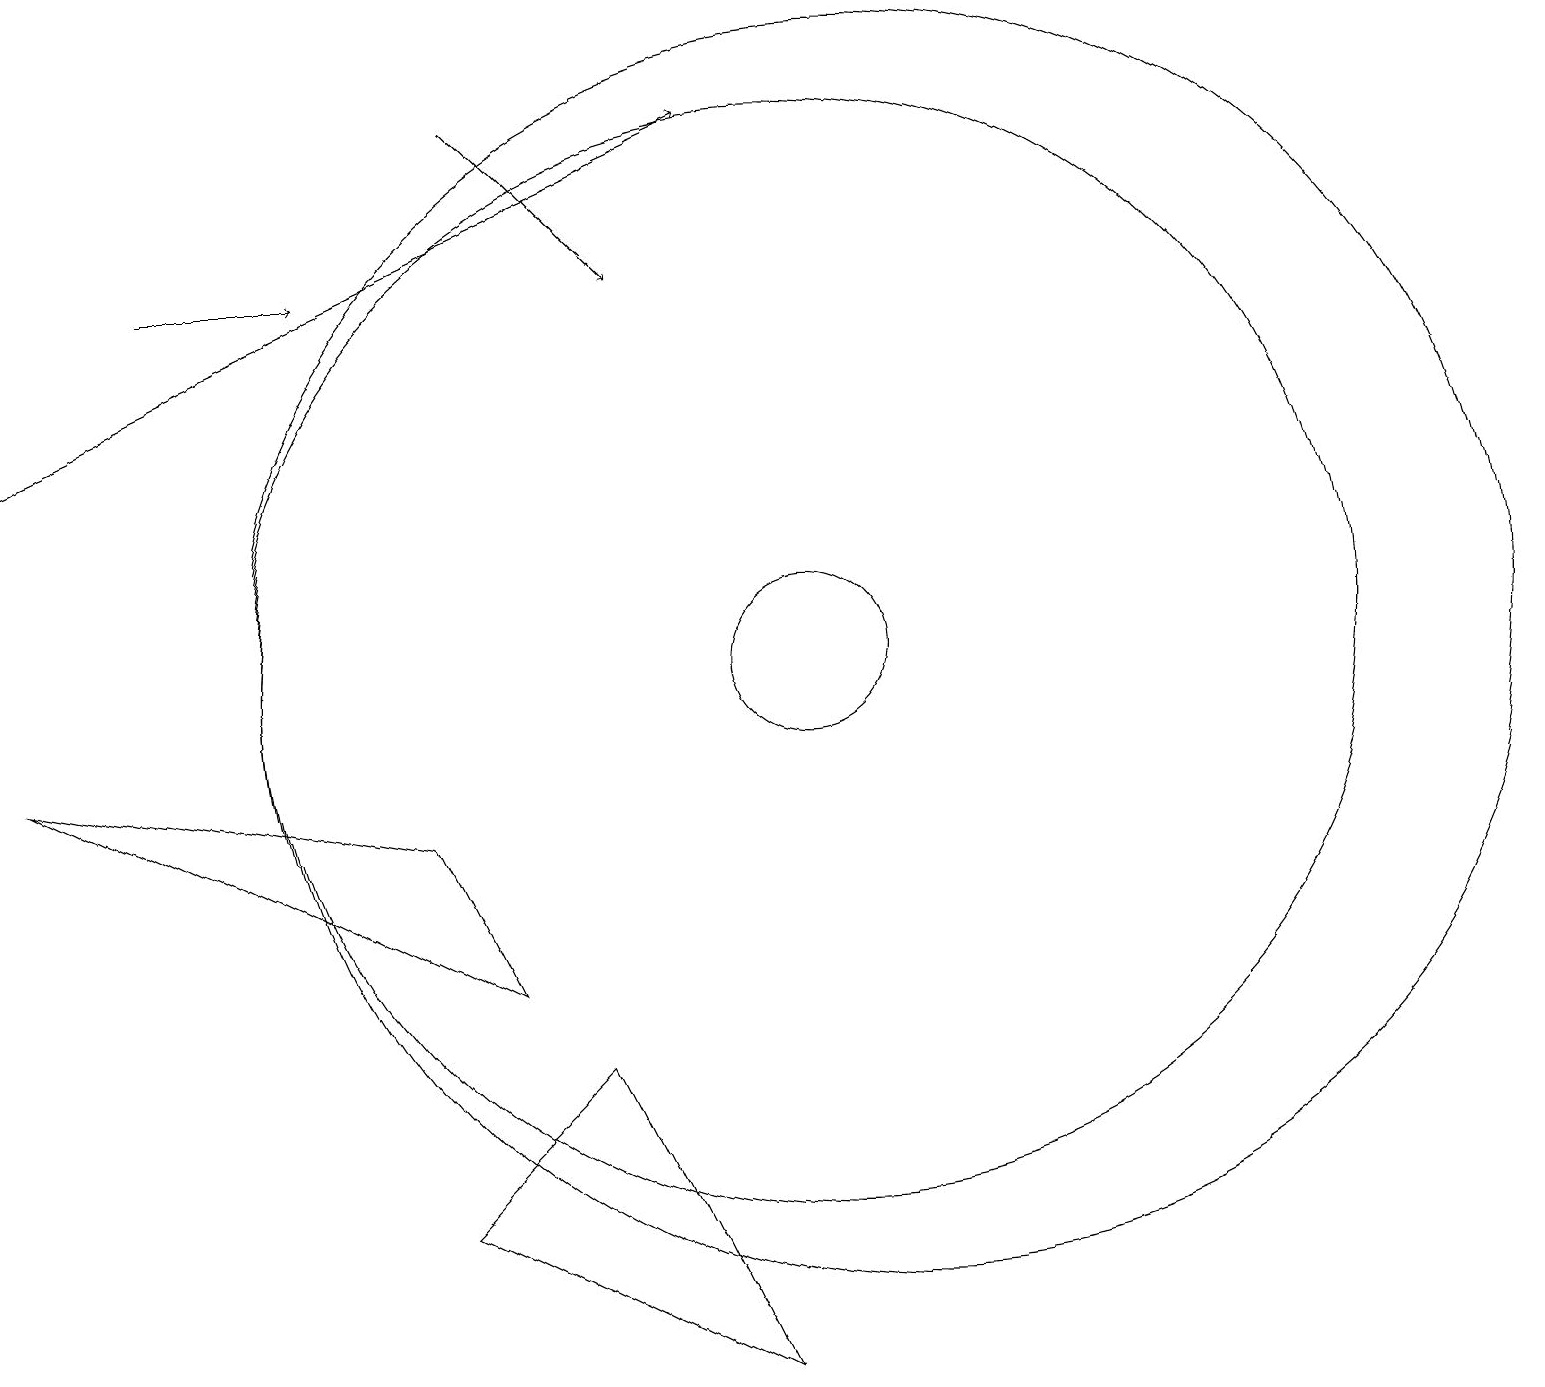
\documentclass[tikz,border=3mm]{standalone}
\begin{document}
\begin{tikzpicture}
\draw (11,10) circle (8);
\draw[->] (2,15) -- (4,15);
\draw[->] (6,17) -- (8,15);
\draw (10,10) circle (7);
\draw[->] (0,13) -- (9,17);
\draw (7,5) -- (9,1) -- (5,3) -- cycle;
\draw (10,10) circle (1);
\draw (0,9) -- (6,6) -- (5,8) -- cycle;
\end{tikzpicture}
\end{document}